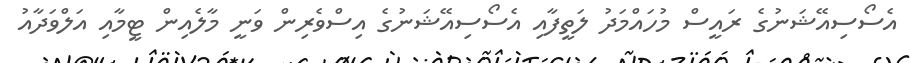
އެސޯސިއޭޝަނުގެ ރައީސް މުހައްމަދު ލަތީފާއި އެސޯސިއޭޝަނުގެ އިސްވެރިން ވަނީ މާލެއިން ޓީމާއި އަލްވަދާއު